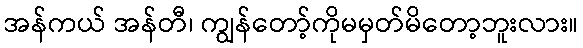
အန်ကယ် အန်တီ၊ ကျွန်တော့်ကိုမမှတ်မိတော့ဘူးလား။